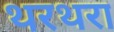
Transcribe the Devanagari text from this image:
थरथरा